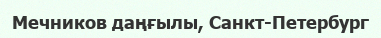
Мечников даңғылы, Санкт-Петербург